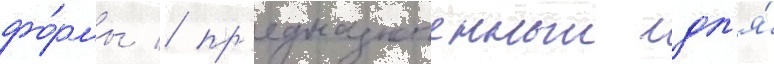
фо́рмы / пр'едназначенныи дл'я́